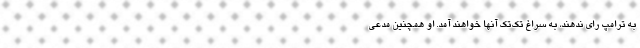
به ترامپ رای ندهند، به سراغ تک‌تک آنها خواهند آمد. او همچنین مدعی